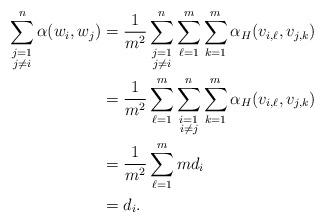
LaTeX: \begin{align*} \sum_{\substack{j=1 \\ j\neq i}}^n \alpha(w_i,w_j) & = \frac{1}{m^2}\sum_{\substack{j=1 \\ j\neq i}}^n \sum_{\ell=1}^m \sum_{k=1}^m \alpha_H(v_{i,\ell},v_{j,k}) \\& = \frac{1}{m^2} \sum_{\ell=1}^m \sum_{\substack{i=1 \\ i\neq j}}^n \sum_{k=1}^m \alpha_H(v_{i,\ell},v_{j,k}) \\& = \frac{1}{m^2} \sum_{\ell=1}^m md_i \\&= d_i.\end{align*}